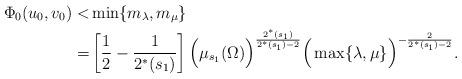
LaTeX: \begin{align*}\Phi_0(u_0,v_0)<&\min\{m_\lambda,m_\mu\}\\=& \left[\frac{1}{2}-\frac{1}{2^*(s_1)}\right]\Big(\mu_{s_1}(\Omega)\Big)^{\frac{2^*(s_1)}{2^*(s_1)-2}} \Big(\max\{\lambda,\mu\}\Big)^{-\frac{2}{2^*(s_1)-2}}.\end{align*}